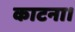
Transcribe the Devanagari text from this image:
काटना।